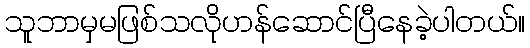
သူဘာမှမဖြစ်သလိုဟန်ဆောင်ပြီနေခဲ့ပါတယ်။